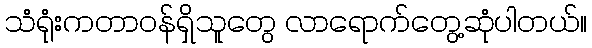
သံရုံးကတာဝန်ရှိသူတွေ လာရောက်တွေ့ဆုံပါတယ်။